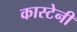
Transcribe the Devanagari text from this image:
कास्टेनी